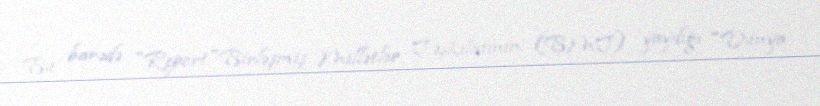
Bu barədə "Report"Birləşmiş Millətlər Təşkilatının (BMT) yaydığı "Dünya